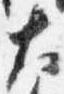
大